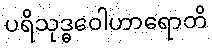
ပရိသုဒ္ဓဝေါဟာရောတိ